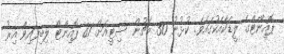
ޕޮއިންޓްގެ ލީޑަކާއެކުގައެވެ. ކުޅުނު 30 މެޗުން ސިޓީއަށް 81 ޕޮއިންޓް ލިބިފައިވާ އިރު